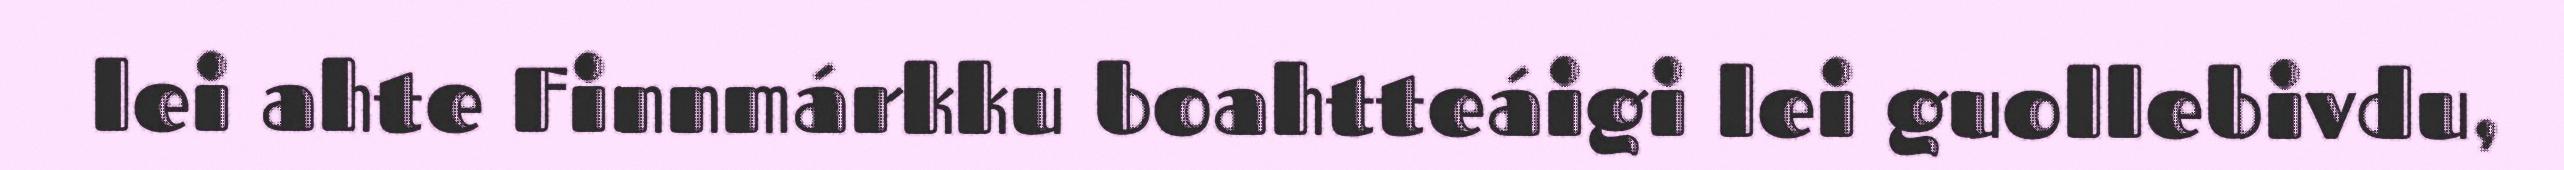
lei ahte Finnmárkku boahtteáigi lei guollebivdu,